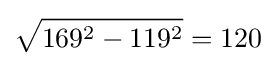
{\sqrt {169^{2}-119^{2}}}=120